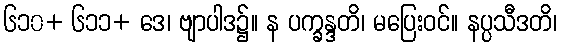
၆၁၀+ ၆၁၁+ ဒေ၊ ဗျာပါဒ၌။ န ပက္ခန္ဒတိ၊ မပြေးဝင်။ နပ္ပသီဒတိ၊